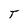
Character: T